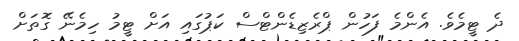
ދެ ޓީމެވެ. އެންމެ ފަހުން ޕްރެޒިޑެންޓްސް ކަޕުގައި އަށް ޓީމު ހިމެނޭ ގޮތަށް